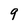
Character: 9